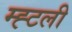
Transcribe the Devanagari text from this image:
म्ह्टली